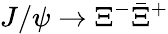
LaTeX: J/\psi\to\Xi^{-}\bar{\Xi}^{+}